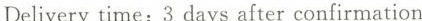
Delivery time: 3 days after confirmation